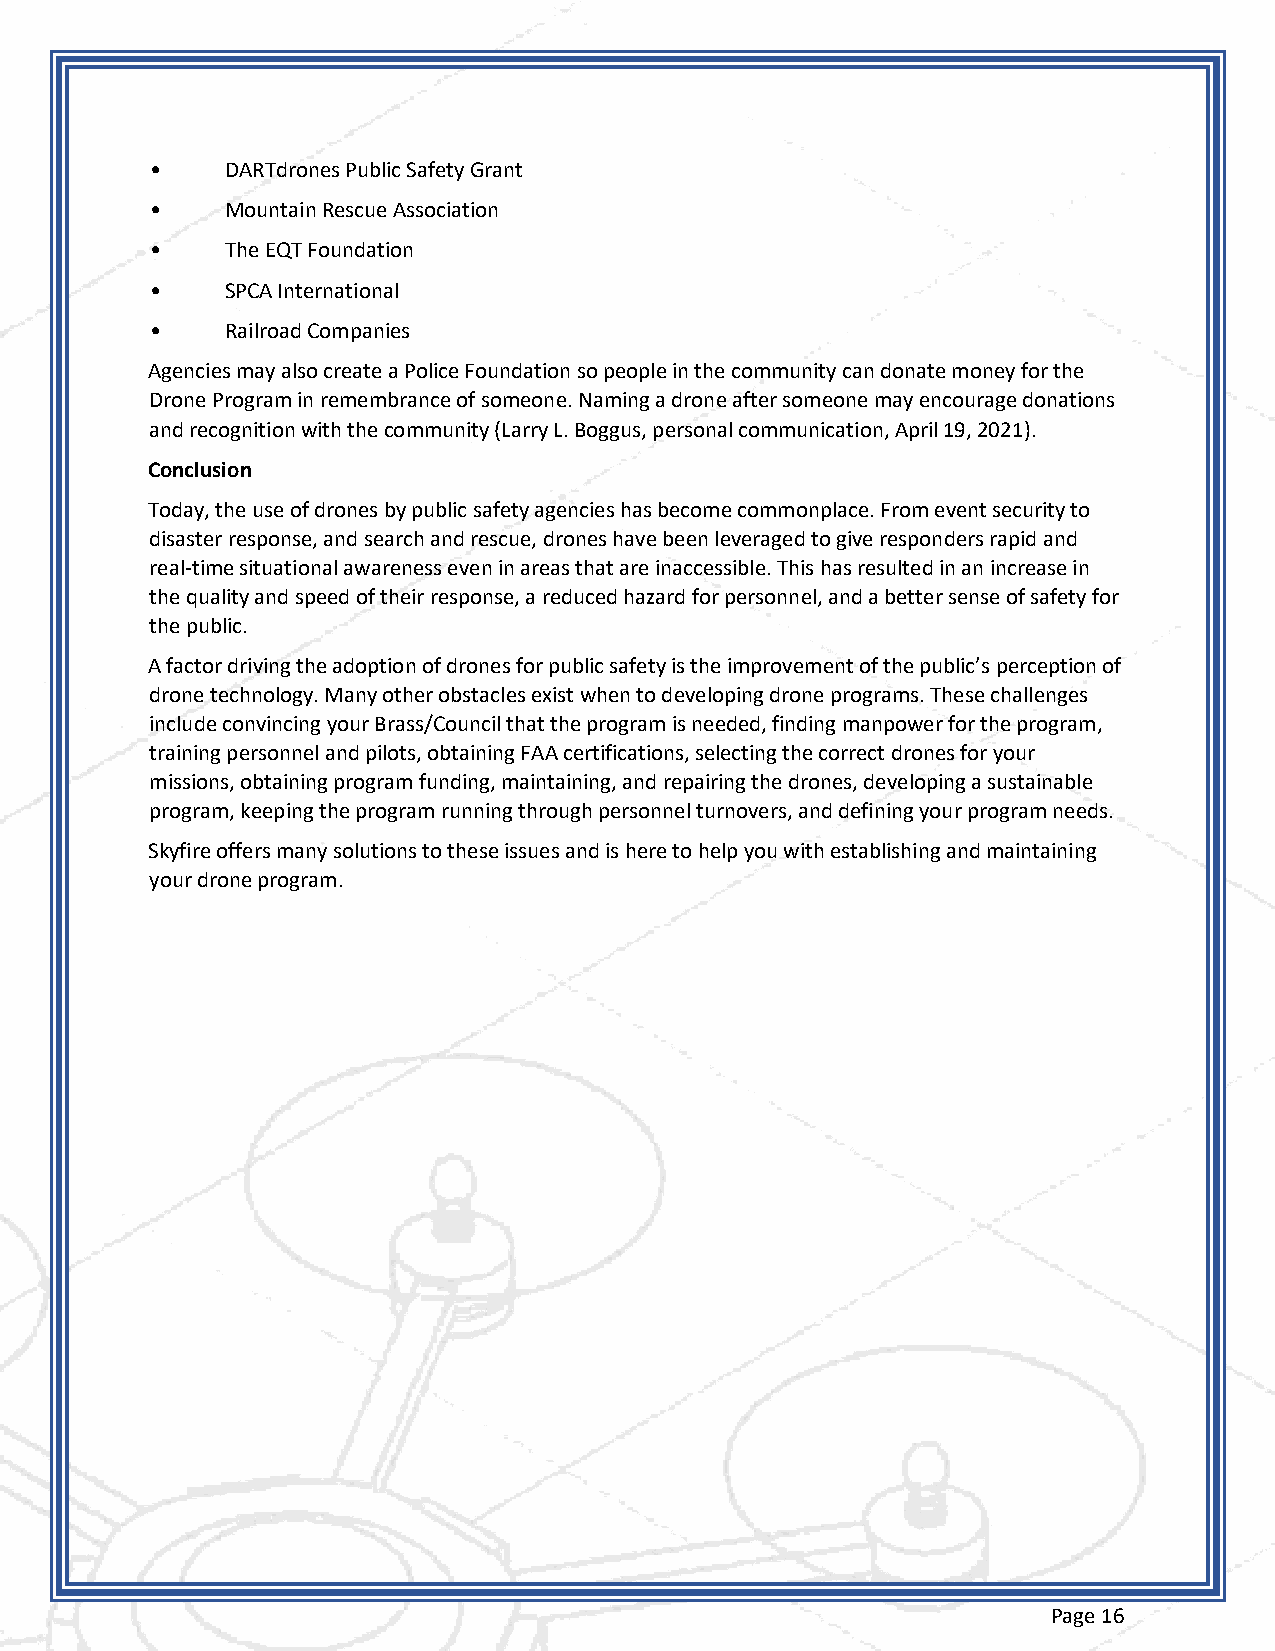
•    DARTdrones Public Safety Grant
 •    Mountain Rescue Association
 •    The EQT Foundation
 •    SPCA International
 •    Railroad Companies
 Agencies may also create a Police Foundation so people in the community can donate money for the
 Drone Program in remembrance of someone. Naming a drone after someone may encourage donations
 and recognition with the community (Larry L. Boggus, personal communication, April 19, 2021).
 Conclusion
 Today, the use of drones by public safety agencies has become commonplace. From event security to
 disaster response, and search and rescue, drones have been leveraged to give responders rapid and
 real-time situational awareness even in areas that are inaccessible. This has resulted in an increase in
 the quality and speed of their response, a reduced hazard for personnel, and a better sense of safety for
 the public.
 A factor driving the adoption of drones for public safety is the improvement of the public’s perception of
 drone technology. Many other obstacles exist when to developing drone programs. These challenges
 include convincing your Brass/Council that the program is needed, finding manpower for the program,
 training personnel and pilots, obtaining FAA certifications, selecting the correct drones for your
 missions, obtaining program funding, maintaining, and repairing the drones, developing a sustainable
 program, keeping the program running through personnel turnovers, and defining your program needs.
 Skyfire offers many solutions to these issues and is here to help you with establishing and maintaining
 your drone program.
 Page 16